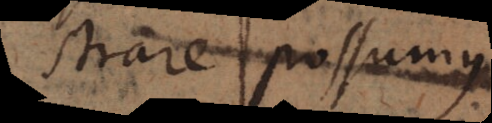
demonstrare possumus